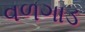
વળગાડ